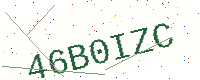
Text: 46B0IZC